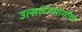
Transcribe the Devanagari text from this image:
उत्सर्जनमार्गांचा